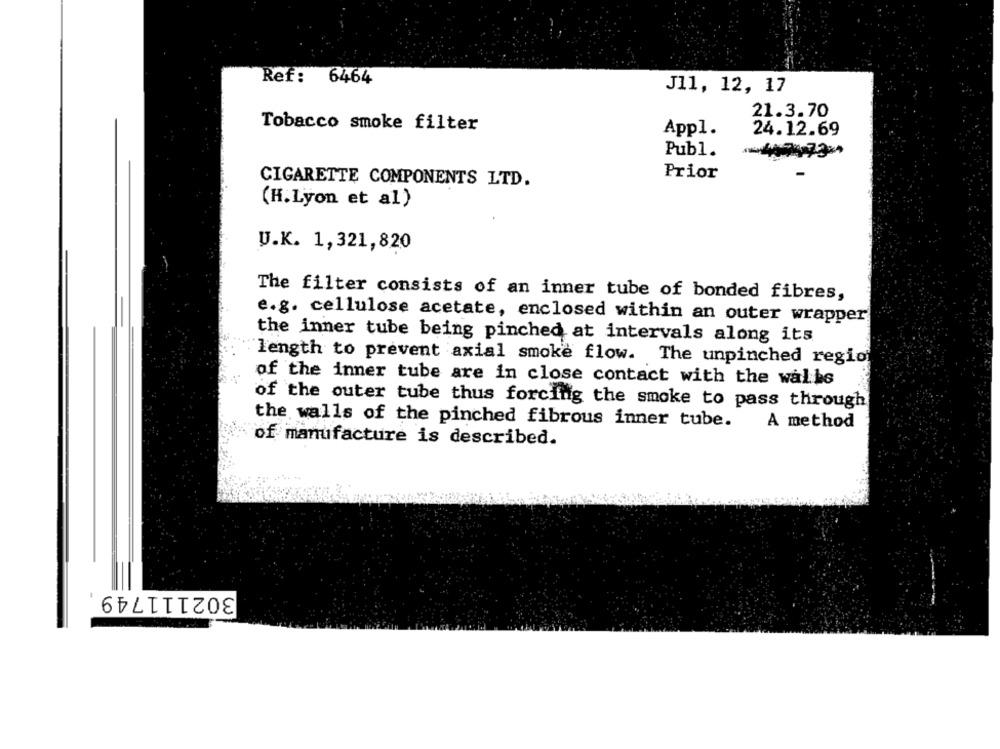
Ref: 6464
J11, 12, 17
21.3.70
Tobacco smoke filter
Appl.
24.12.69
Publ.
Prior
CIGARETTE COMPONENTS LTD.
(H.Lyon et al)
U.K. 1,321, 820
The filter consists of an inner tube of bonded fibres,
e.g. cellulose acetate, enclosed within an outer wrapper
the inner tube being pinched at intervals along its
length to prevent axial smoke flow. The unpinched regio
of the inner tube are in close contact with the walls
of the outer tube thus forcing the smoke to pass through
the walls of the pinched fibrous inner tube.
A method
of manufacture is described.
302111749